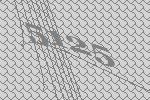
5125